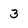
Character: 3